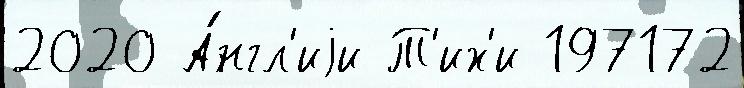
2020 А́нгл'иjи Т'их'и 197172